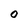
Character: O